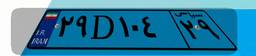
۲۹D۱۰۴۲۹